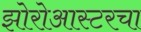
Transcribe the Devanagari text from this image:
झोरोआस्टरचा